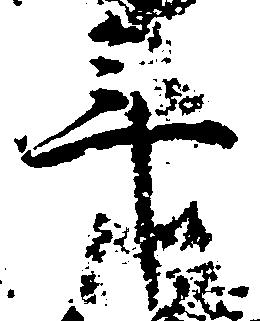
年